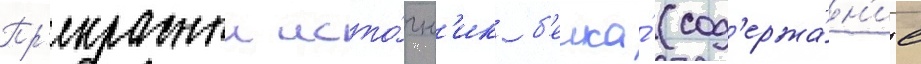
Пр'екрасныи исто́чн'ик б'елка́ (сод'ержа́н'ие